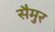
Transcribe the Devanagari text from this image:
सैमुर